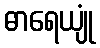
ဓာရေယျုံ